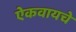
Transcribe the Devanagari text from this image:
ऐकवायचे